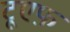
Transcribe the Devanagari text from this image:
टूएफ़